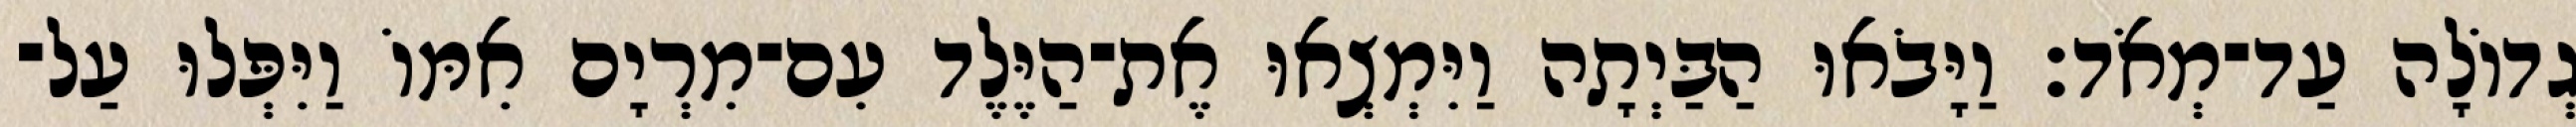
גְדוֹלָה עַד־מְאֹד׃ וַיָּבֹאוּ הַבַּיְתָה וַיִּמְצְאוּ אֶת־הַיֶּלֶד עִם־מִרְיָם אִמּוֹ וַיִּפְּלוּ עַל־